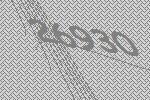
26930